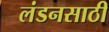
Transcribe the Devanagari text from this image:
लंडनसाठी